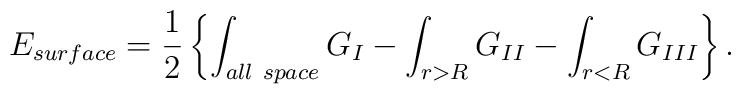
E_{\small surface} = {1\over2} \left\{ \int_{\small all~space} G_I -                   \int_{r>R} G_{II}  - 		  \int_{r<R} G_{III} \right\}.